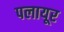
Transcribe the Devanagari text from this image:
पलायूर